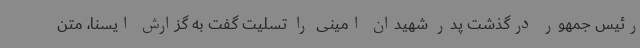
رئیس جمهور درگذشت پدر شهیدان امینی را تسلیت گفت به گزارش ایسنا، متن